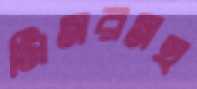
মিসরসহ